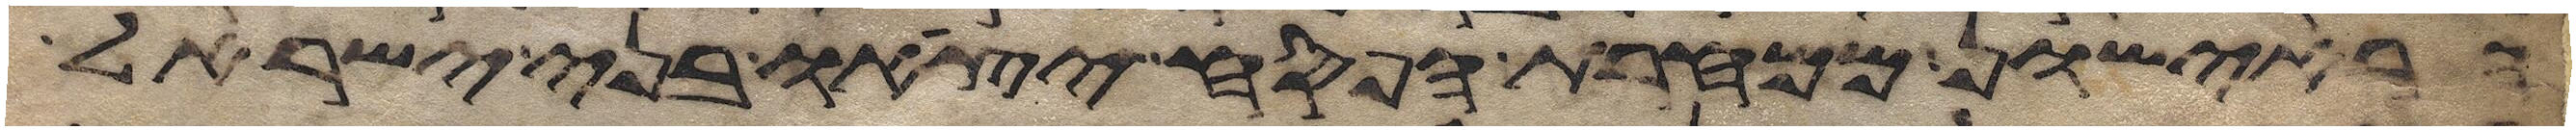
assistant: הראישון ממחרת הפסח יצאו בני ישראל